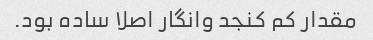
مقدار کم کنجد وانگار اصلا ساده بود.